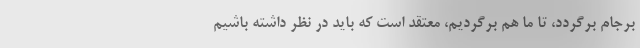
برجام برگردد، تا ما هم برگردیم، معتقد است که باید در نظر داشته باشیم